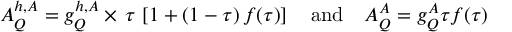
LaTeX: A _ { Q } ^ { h , A } = g _ { Q } ^ { h , A } \times \, \tau \, \left[ 1 + ( 1 - \tau ) \, f ( \tau ) \right] \quad \mathrm { a n d } \quad A _ { Q } ^ { A } = g _ { Q } ^ { A } \tau f ( \tau )